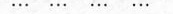
\cdots \cdots \cdots \cdots